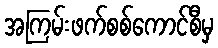
အကြမ်းဖက်စစ်ကောင်စီမှ